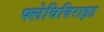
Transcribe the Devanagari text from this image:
फ्लेविविराइड